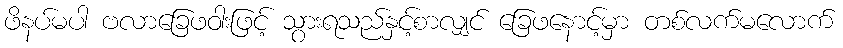
ဖိနပ်မပါ ဗလာခြေဖဝါးဖြင့် သွားရသည်နှင့်စာလျှင် ခြေဖနောင့်မှာ တစ်လက်မလောက်